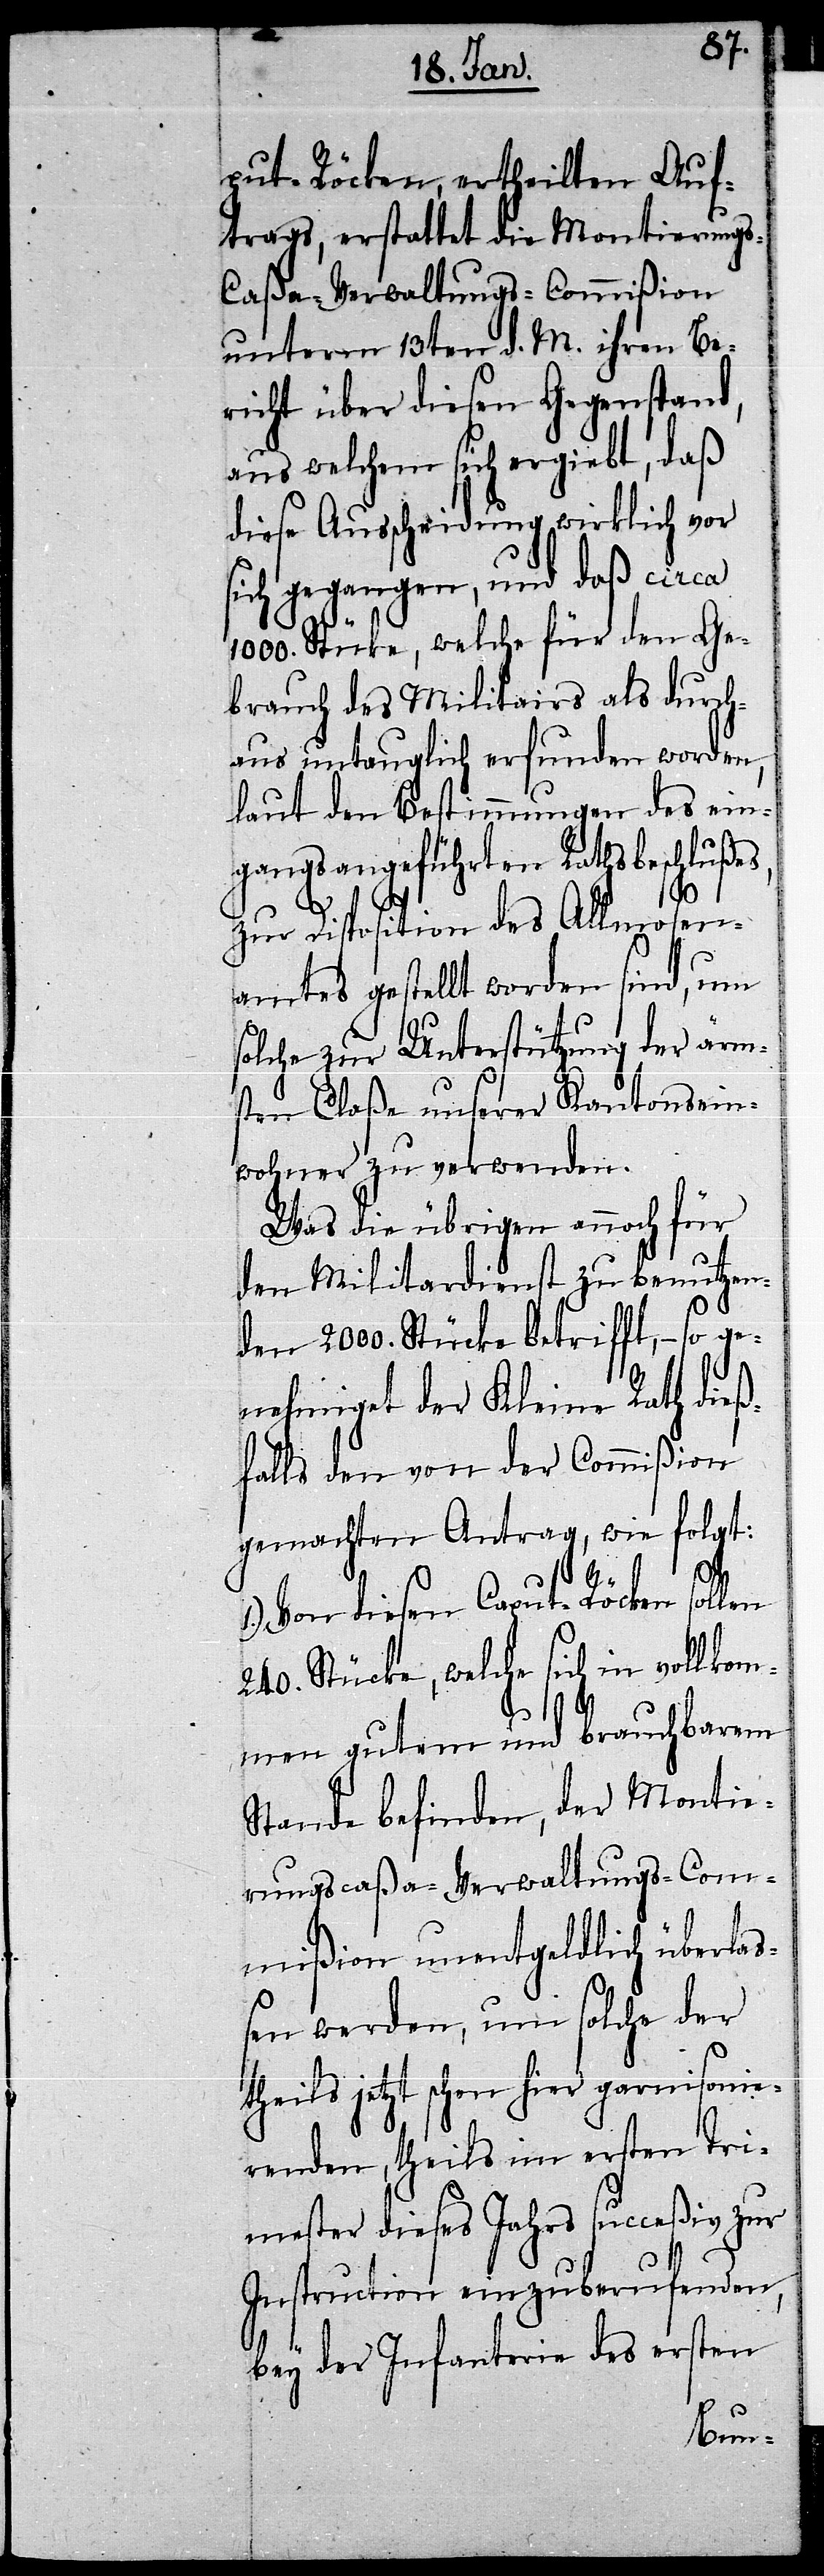
put-Röcken, ertheilten Auf¬
trags, erstattet die Montierung¬
aßa-Verwaltungs-Commißion
unterm 13ten d. M. ihren Be¬
richt über diesen Gegenstand,
aus welchem sich ergiebt, daß
diese Ausscheidung wirklich vor
sich gegangen, und daß circa
Stü[c]ke, welche für den Ge¬
brauch des Militairs als durch¬
aus untauglich erfunden worden,
laut den Bestimmungen des ein¬
gangsangeführten Rathsbeschlußes,
zur Disposition des Allmosen¬
amtes gestellt worden sind, um
solche zur Unterstützung der ärm¬
sten Claße unserer Kantonsein¬
wohner zu verwenden.
Was die übrigen annoch für
den Militardienst zu benutzen¬
1000.
den 2000. Stücke betrifft, – so ge¬
s-C¬
nehmiget der Kleine Rath dieß¬
falls den von der Commißion
gemachten Antrag, wie folgt:
1.) Von diesen Caput-Röcken sollen
240. Stücke, welche sich in vollkom¬
men gutem und brauchbarem
Stande befinden, der Montie¬
rungscaßa-Verwaltungs-Com¬
mißion unentgeldlich überlaß¬
en werden, um solche der
theils jetzt schon hier garnisonie¬
renden, theils im ersten Tri¬
mester dieses Jahres succeßiv zur
Instruction einzuberufenden,
bey der Infanterie des ersten